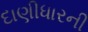
દાણીધારની